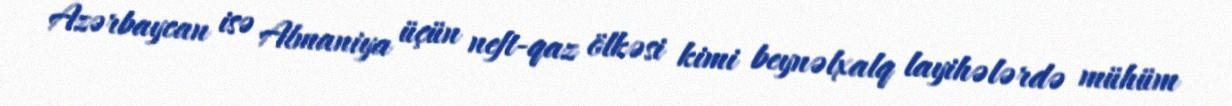
Azərbaycan isə Almaniya üçün neft-qaz ölkəsi kimi beynəlxalq layihələrdə mühüm